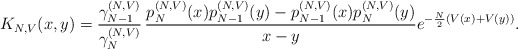
\begin{align*}K_{N,V}(x,y)=\frac{\gamma_{N-1}^{(N,V)}}{\gamma_{N}^{(N,V)}} \,\frac{p_N^{(N,V)}(x)p_{N-1}^{(N,V)}(y)-p_{N-1}^{(N,V)}(x)p_{N}^{(N,V)}(y)}{x-y} e^{-\frac{N}{2}(V(x)+V(y))}.\end{align*}